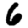
Digit: 6